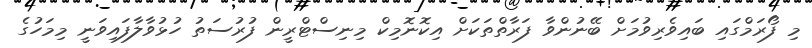
މި ފޯރަމްގައި ބައިވެރިވުމަށް ބޭނުންވާ ފަރާތްތަކަށް އިކޮނޮމިކް މިނިސްޓްރީން ފުރުސަތު ހުޅުވާލާފައިވަނީ މިމަހުގެ